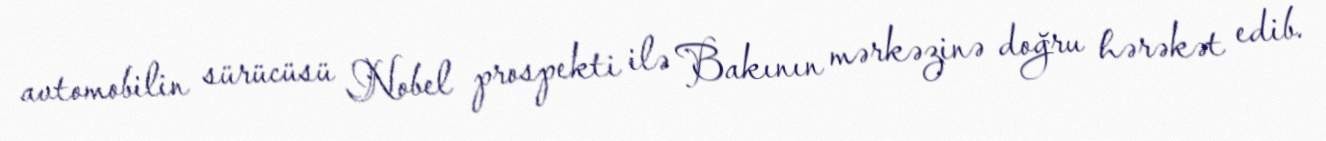
avtomobilin sürücüsü Nobel prospekti ilə Bakının mərkəzinə doğru hərəkət edib.